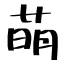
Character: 萌